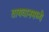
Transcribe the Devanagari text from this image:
तायवानमध्ये